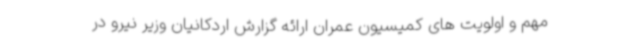
مهم و اولویت های کمیسیون عمران ارائه گزارش اردکانیان وزیر نیرو در